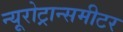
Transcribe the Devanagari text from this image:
न्यूरोट्रान्समीटर